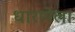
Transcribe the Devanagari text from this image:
धारणेला